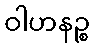
ဝါဟနဉ္စ